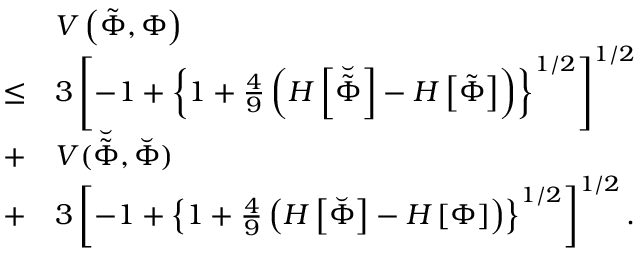
\begin{array} { r l } & { V \left( \tilde { \Phi } , \Phi \right) } \\ { \leq } & { 3 \left[ - 1 + \left\{ 1 + \frac { 4 } { 9 } \left( H \left[ \breve { \tilde { \Phi } } \right] - H \left[ \tilde { \Phi } \right] \right) \right\} ^ { 1 / 2 } \right] ^ { 1 / 2 } } \\ { + } & { V ( \breve { \tilde { \Phi } } , \breve { \Phi } ) } \\ { + } & { 3 \left[ - 1 + \left\{ 1 + \frac { 4 } { 9 } \left( H \left[ \breve { \Phi } \right] - H \left[ \Phi \right] \right) \right\} ^ { 1 / 2 } \right] ^ { 1 / 2 } . } \end{array}